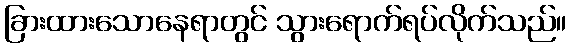
ခြားထားသောနေရာတွင် သွားရောက်ရပ်လိုက်သည်။